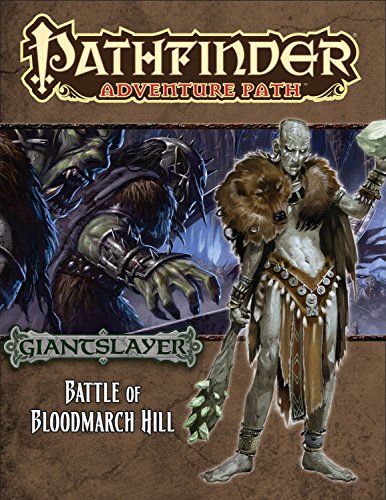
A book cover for Pathfinder Adventure Path: Giantslayer Part 1 - Battle of Bloodmarch Hill; Patrick Renie; Science Fiction & Fantasy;